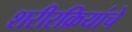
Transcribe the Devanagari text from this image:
शरीरक्रियांचे